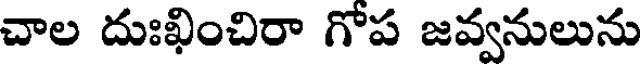
చాల దుఃఖించిరా గోప జవ్వనులును